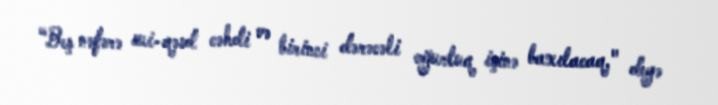
“Beş nəfərə sui-qəsd cəhdi və birinci dərəcəli oğurluq işinə baxılacaq," deyə